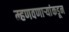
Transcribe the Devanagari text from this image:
म्हणवणाऱ्यांकडून